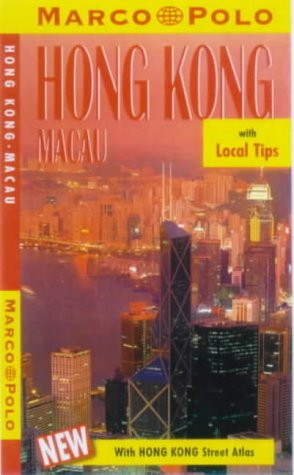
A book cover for Hong Kong (Marco Polo Travel Guides); Travel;